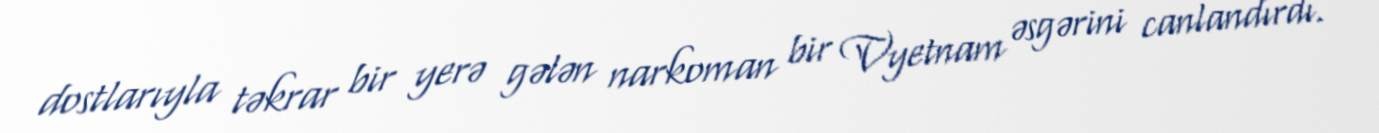
dostlarıyla təkrar bir yerə gələn narkoman bir Vyetnam əsgərini canlandırdı.